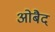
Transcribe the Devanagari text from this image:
ओबैद